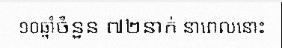
១០ឆ្នាំចំនួន ៧២នាក់ នាពេលនោះ